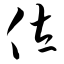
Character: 佐